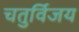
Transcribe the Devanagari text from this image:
चतुर्विजय